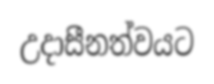
උදාසීනත්වයට